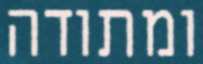
ומתודה